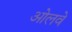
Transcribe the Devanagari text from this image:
ओलवे